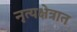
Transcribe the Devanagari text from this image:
नृत्यक्षेत्रात